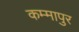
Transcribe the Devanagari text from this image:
कम्मापुर